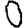
Digit: 0